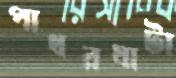
পাথরঘাটা